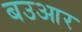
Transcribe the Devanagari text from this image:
बउआर